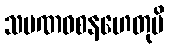
သမဏဝစနဟေတုပိ